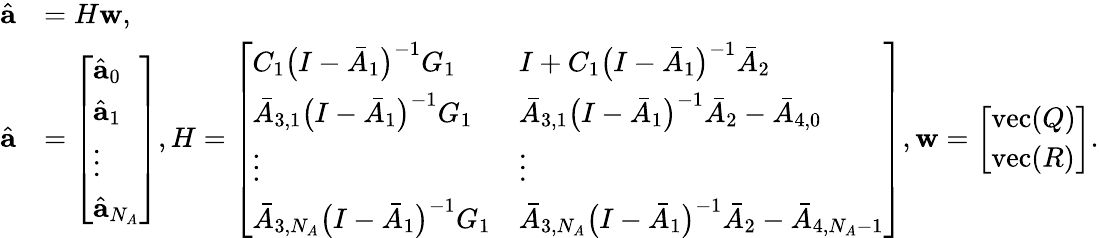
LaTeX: \begin{array}{rl}{\hat{\mathbf{a}}}&{=H\mathbf{w},}\\ {\hat{\mathbf{a}}}&{=\left[\begin{array}{l}{\hat{\mathbf{a}}_{0}}\\ {\hat{\mathbf{a}}_{1}}\\ {\vdots}\\ {\hat{\mathbf{a}}_{N_{A}}}\end{array}\right],H=\left[\begin{array}{ll}{C_{1}\big(I-\bar{A}_{1}\big)^{-1}G_{1}}&{I+C_{1}\big(I-\bar{A}_{1}\big)^{-1}\bar{A}_{2}}\\ {\bar{A}_{3,1}\big(I-\bar{A}_{1}\big)^{-1}G_{1}}&{\bar{A}_{3,1}\big(I-\bar{A}_{1}\big)^{-1}\bar{A}_{2}-\bar{A}_{4,0}}\\ {\vdots}&{\vdots}\\ {\bar{A}_{3,N_{A}}\big(I-\bar{A}_{1}\big)^{-1}G_{1}}&{\bar{A}_{3,N_{A}}\big(I-\bar{A}_{1}\big)^{-1}\bar{A}_{2}-\bar{A}_{4,N_{A}-1}}\end{array}\right],\mathbf{w}=\left[\begin{array}{l}{\mathrm{vec}(Q)}\\ {\mathrm{vec}(R)}\end{array}\right].}\end{array}